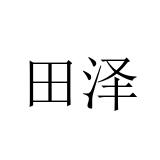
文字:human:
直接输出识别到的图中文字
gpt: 田泽